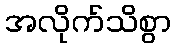
အလိုက်သိစွာ